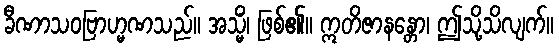
ခီဏာသဝဗြာဟ္မဏသည်။ အသ္မိံ၊ ဖြစ်၏။ ဣတိဇာနန္တော၊ ဤသို့သိလျက်။